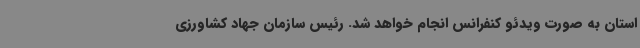
استان به صورت ویدئو کنفرانس انجام خواهد شد. رئیس سازمان جهاد کشاورزی